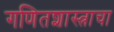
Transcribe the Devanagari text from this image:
गणितशास्त्राचा